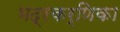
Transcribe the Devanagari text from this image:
भद्रकर्णिका